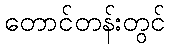
တောင်တန်းတွင်